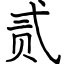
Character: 贰